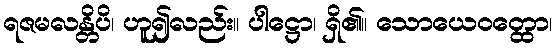
ရဇမလန္တိပိ၊ ဟူ၍လည်း။ ပါဋ္ဌော၊ ရှိ၏။ သောယေဝတ္ထော၊